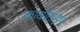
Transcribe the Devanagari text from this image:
कार्योटाइप